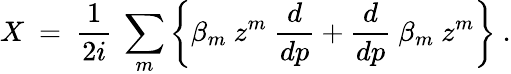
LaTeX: X\ =\ {\frac{1}{2i}}\ \sum_{m}\left\{ \beta_{m}\ z^{m}\ {\frac{d}{dp}}+{\frac{d}{dp}}\ \beta_{m}\ z^{m}\right\} \ .